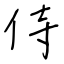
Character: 侍